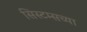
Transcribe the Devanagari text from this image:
सिस्टम्सच्या